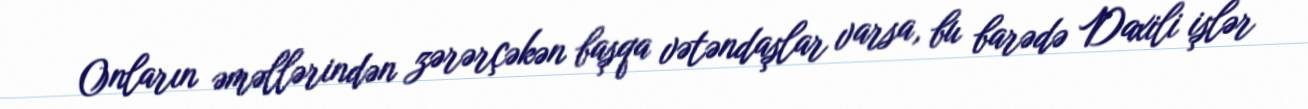
Onların əməllərindən zərərçəkən başqa vətəndaşlar varsa, bu barədə Daxili işlər